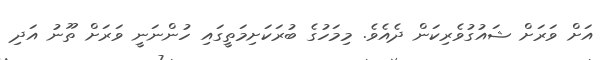
އަށް ވަރަށް ޝައުގުވެރިކަން ދެއެވެ. މިމަހުގެ ބުރަކަށިމަތީގައި ހުންނަނީ ވަރަށް ތޫނު އަދި